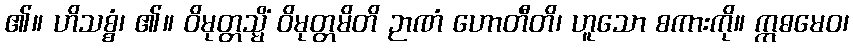
၏။ ဟိသစ္စံ၊ ၏။ ဝိမုတ္တသ္မိံ ဝိမုတ္တမိတိ ဉာဏံ ဟောတီတိ၊ ဟူသော စကားကို။ ဣဓမေဝ၊